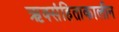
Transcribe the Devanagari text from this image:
ऋक्संहिताकालीन